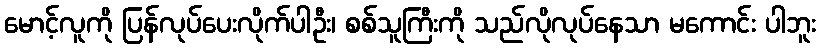
မောင့်လူကို ပြန်လုပ်ပေးလိုက်ပါဦး၊ စစ်သူကြီးကို သည်လိုလုပ်နေသာ မကောင်း ပါဘူး